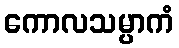
ကောလသမ္ပာကံ